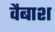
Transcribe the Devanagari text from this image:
वैबाश